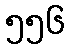
၅၅၆